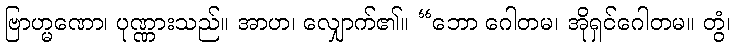
ဗြာဟ္မဏော၊ ပုဏ္ဏားသည်။ အာဟ၊ လျှောက်၏။ “ဘော ဂေါတမ၊ အိုရှင်ဂေါတမ။ တွံ၊